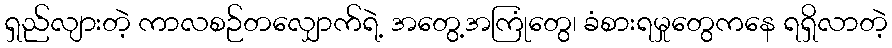
ရှည်လျားတဲ့ ကာလစဉ်တလျှောက်ရဲ့ အတွေ့အကြုံတွေ၊ ခံစားရမှုတွေကနေ ရရှိလာတဲ့